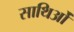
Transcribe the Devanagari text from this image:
साथिओं